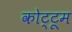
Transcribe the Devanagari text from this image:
कोट्टूम